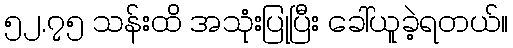
၅၂.၇၅ သန်းထိ အသုံးပြုပြီး ခေါ်ယူခဲ့ရတယ်။